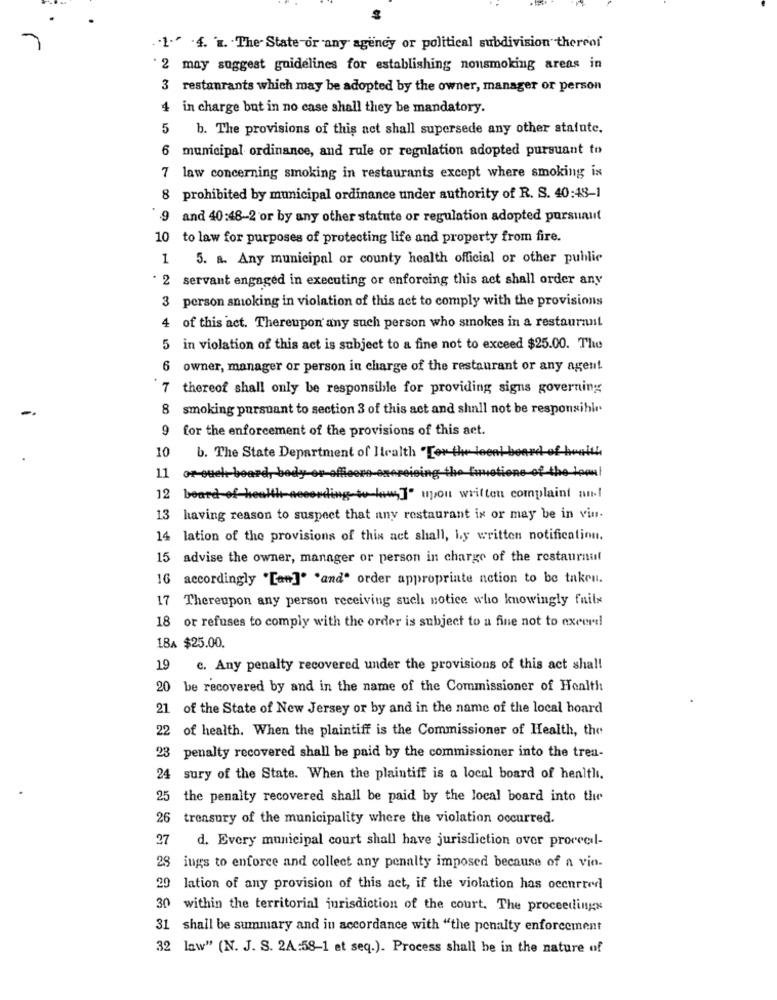
. . 1." .4. "". The State or any agency or political subdivision thereof
' 2 may suggest guidelines for establishing nonsmoking areas in
3 restaurants which may be adopted by the owner, manager or person
4 in charge but in no case shall they be mandatory.
5
b. The provisions of this act shall supersede any other stafute.
6
municipal ordinance, and rule or regulation adopted pursuant to
7 law concerning smoking in restaurants except where smoking is
8 prohibited by municipal ordinance under authority of R. S. 40:48-1
9
and 40:48-2 or by any other statute or regulation adopted pursuaut
10 to law for purposes of protecting life and property from fire.
1
5. a. Any municipal or county health official or other public
2
servant engaged in executing or enforcing this act shall order any
3
person smoking in violation of this act to comply with the provisions
4 of this act. Thereupon any such person who smokes in a restaurant
5
in violation of this act is subject to a fine not to exceed $25.00. The
6
owner, manager or person in charge of the restaurant or any agent
7 thereof shall only be responsible for providing signs governing
8
smoking pursuant to section 3 of this act and shall not be responsible.
9
for the enforcement of the provisions of this act.
10
card of honith
b. The State Department of Itcalth "Tor the-leenl
11
or-ouel. board, body-or-offcore-exercising the functions of the loan!
12
board of health a
eding-to low]" upou written complaint an .!
13
having reason to suspect that any restaurant is or may be in vin.
14 lation of the provisions of this act shall, by written notification.
15 advise the owner, manager or person in charge of the restaurnut
16
accordingly "[an]" "and" order appropriate action to be taken.
17 Thereupon any person receiving such notice who knowingly fnils
18 or refuses to comply with the order is subject to a fine not to excerd
LBA $25.00.
19
c. Any penalty recovered under the provisions of this act sha !!
20 be recovered by and in the name of the Commissioner of Health
21 of the State of New Jersey or by and in the name of the local hoard
22 of health. When the plaintiff is the Commissioner of Health, the
23 penalty recovered shall be paid by the commissioner into the treu-
24 sury of the State. When the plaintiff is a local board of health.
25 the penalty recovered shall be paid by the local board into the
26 treasury of the municipality where the violation occurred.
27
d. Every municipal court shall have jurisdiction over proceedl-
28 ings to enforce and collect any penalty imposed because of a vio.
20 lation of any provision of this act, if the violation has occurred
30 within the territorial jurisdiction of the court. The proceedings
31 shall be summary and in accordance with "the penalty enforcement
32 law" (N. J. S. 2A:58-1 et seq.). Process shall be in the nature of